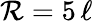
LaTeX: \mathcal{R}=5\, \ell